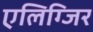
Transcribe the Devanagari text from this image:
एलिग्जिर